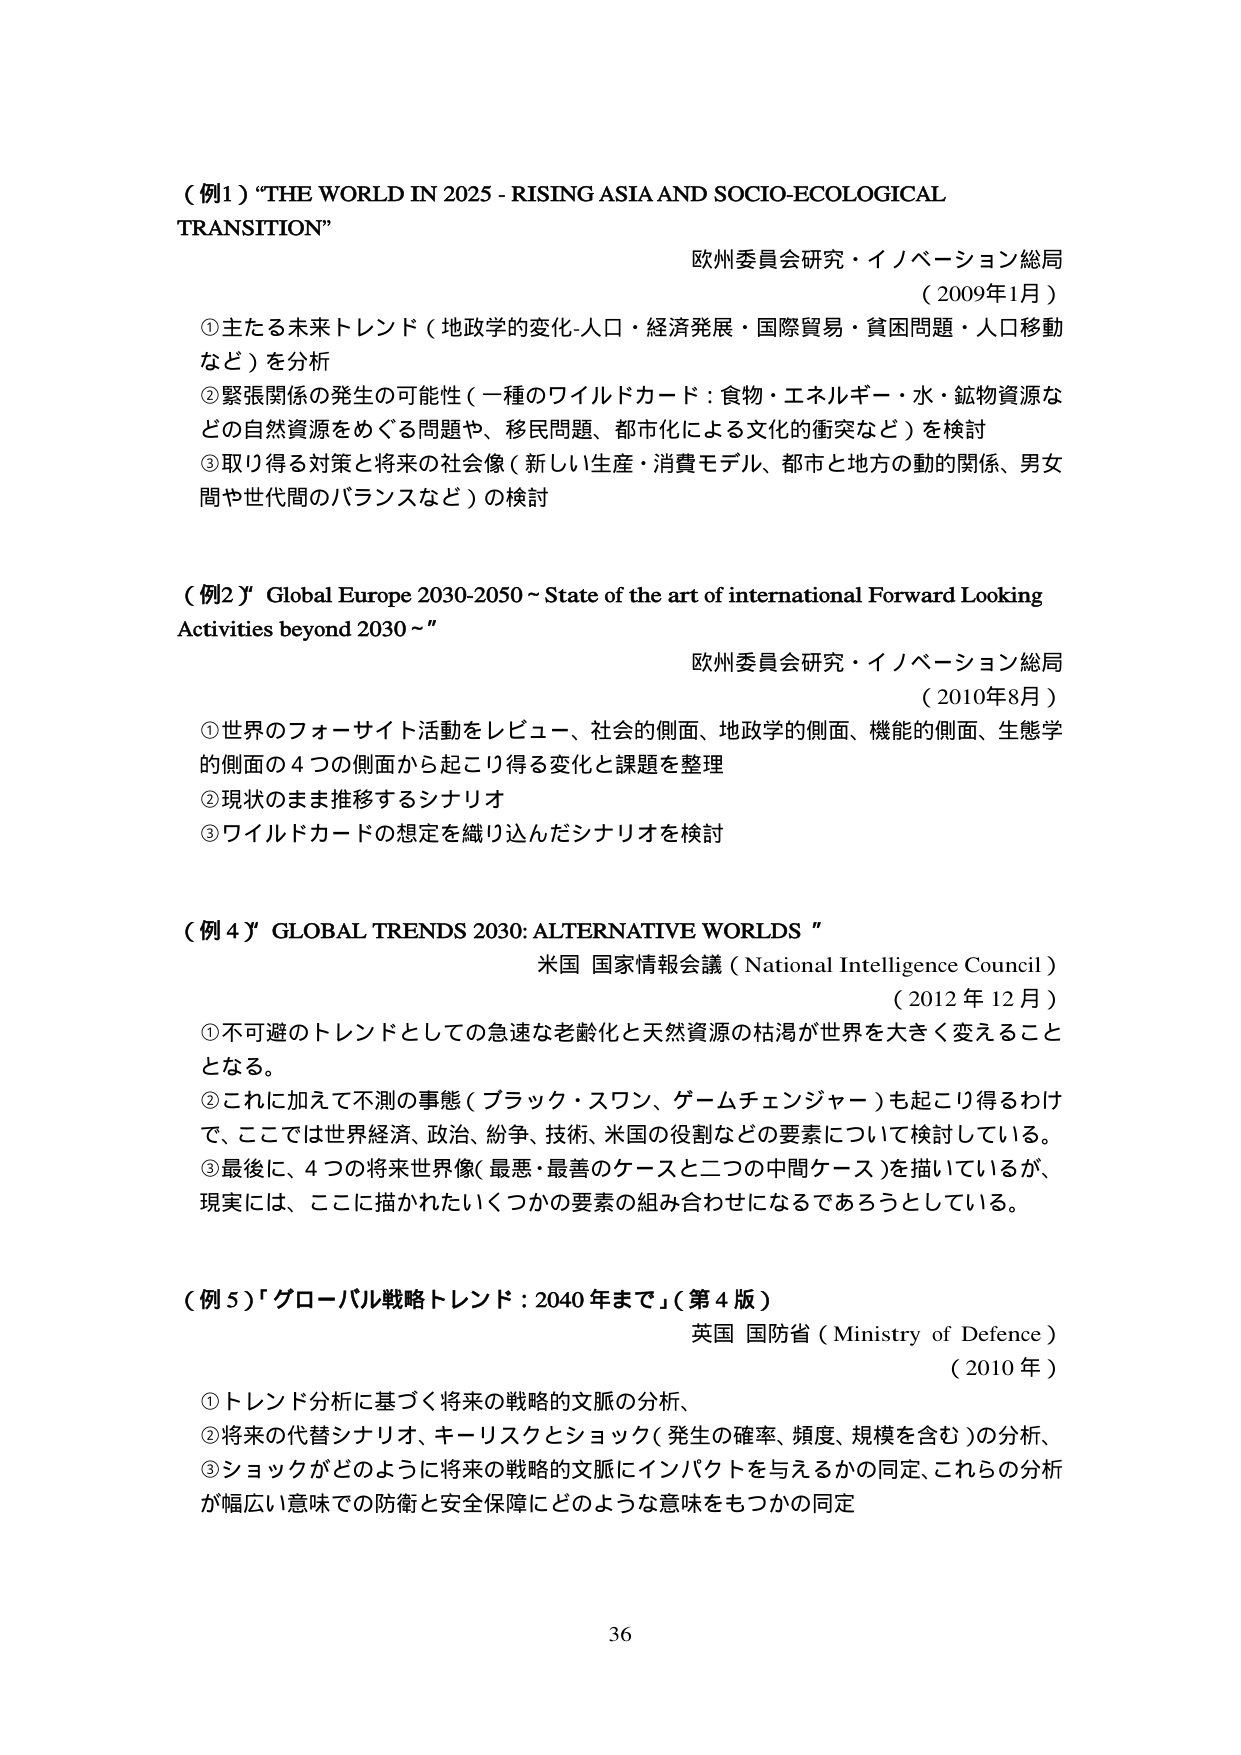
（例1）“THE WORLD IN 2025 - RISING ASIA AND SOCIO-ECOLOGICAL TRANSITION”

欧州委員会研究・イノベーション総局
（2009年1月）

① 主たる未来トレンド（地政学的変化-人口・経済発展・国際貿易・貧困問題・人口移動など）を分析
② 緊張関係の発生の可能性（一種のワイルドカード：食物・エネルギー・水・鉱物資源などの自然資源をめぐる問題や、移民問題、都市化による文化的衝突など）を検討
③ 取り得る対策と将来の社会像（新しい生産・消費モデル、都市と地方の動的関係、男女間や世代間のバランスなど）の検討

（例2）“Global Europe 2030-2050 ~ State of the art of international Forward Looking Activities beyond 2030~”

欧州委員会研究・イノベーション総局
（2010年8月）

① 世界のフォーサイト活動をレビュー、社会的側面、地政学的側面、機能的側面、生態学的側面の4つの側面から起こり得る変化と課題を整理
② 現状のまま推移するシナリオ
③ ワイルドカードの想定を織り込んだシナリオを検討

（例4）“GLOBAL TRENDS 2030: ALTERNATIVE WORLDS”

米国 国家情報会議（National Intelligence Council）
（2012年12月）

① 不可避のトレンドとしての急速な老齢化と天然資源の枯渇が世界を大きく変えることとなる。
② これに加えて不測の事態（ブラック・スワン、ゲームチェンジャー）も起こり得るわけで、ここでは世界経済、政治、紛争、技術、米国の役割などの要素について検討している。
③ 最後に、4つの将来世界像（最悪・最善のケースと二つの中間ケース）を描いているが、現実には、ここに描かれたいくつかの要素の組み合わせになるであろうとしている。

（例5）「グローバル戦略トレンド：2040年まで」（第4版）
英国 国防省（Ministry of Defence）
（2010年）

① トレンド分析に基づく将来の戦略的文脈の分析、
② 将来の代替シナリオ、キーリスクとショック（発生の確率、頻度、規模を含む）の分析、
③ ショックがどのように将来の戦略的文脈にインパクトを与えるかの同定、これらの分析が幅広い意味での防衛と安全保障にどのような意味をもつかの同定

36